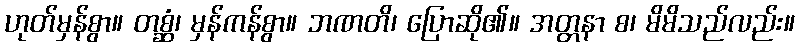
ဟုတ်မှန်စွာ။ တစ္ဆံ၊ မှန်ကန်စွာ။ ဘဏတိ၊ ပြောဆို၏။ အတ္တနာ စ၊ မိမိသည်လည်း။